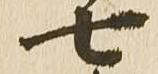
七